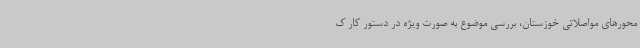
محورهای مواصلاتی خوزستان، بررسی موضوع به صورت ویژه در دستور کار ک